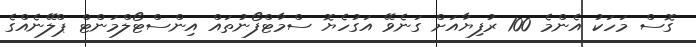
ގޮސް މަހަކު އެންމެ 100 ރުފިޔާއަށް ގަނެވޭ އަގުހެޔޮ ސްމާޓްފޯނުތައް އިންސްޓޯލްމަންޓް ޕްލޭނެއްގެ